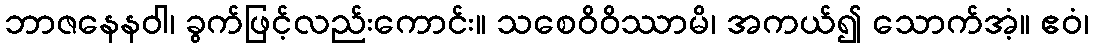
ဘာဇနေနဝါ၊ ခွက်ဖြင့်လည်းကောင်း။ သစေဝိဝိဿာမိ၊ အကယ်၍ သောက်အံ့။ ဧဝံ၊